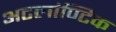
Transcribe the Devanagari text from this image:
अटलांण्टिक